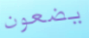
يضعون